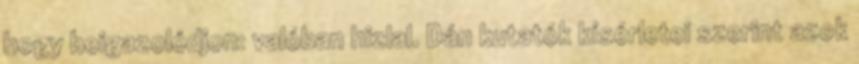
hogy beigazolódjon: valóban hizlal. Dán kutatók kísérletei szerint azok